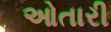
ઓતારી